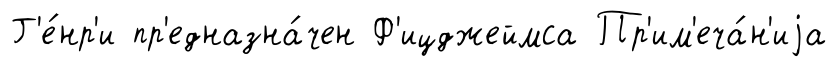
Г'е́нр'и пр'едназна́чен Ф'ицджеймса Пр'им'еча́н'иjа